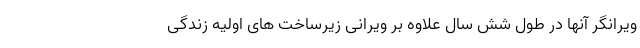
ویرانگر آنها در طول شش سال علاوه بر ویرانی زیرساخت های اولیه زندگی